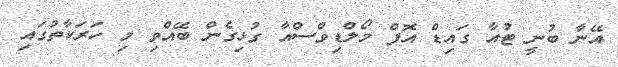
އޭނާ ބުނީ ޓުއާ ގައިޑް އޮފް މޯލްޑިވްސްއާ ގުޅިގެން ބޭއްވި މި ހަރަކާތުގައި